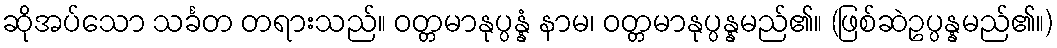
ဆိုအပ်သော သင်္ခတ တရားသည်။ ဝတ္တမာနုပ္ပန္နံ နာမ၊ ဝတ္တမာနုပ္ပန္နမည်၏။ (ဖြစ်ဆဲဥပ္ပန္နမည်၏။)